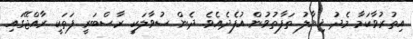
އިތުރުވާކަމާ މެދު ޚިޔާލު ތަފާތުވުން އުފެދެއެވެ. ދެން ސުވާލަކީ ރާސްބަރީ ފަތަކީ ރާއްޖޭގައި